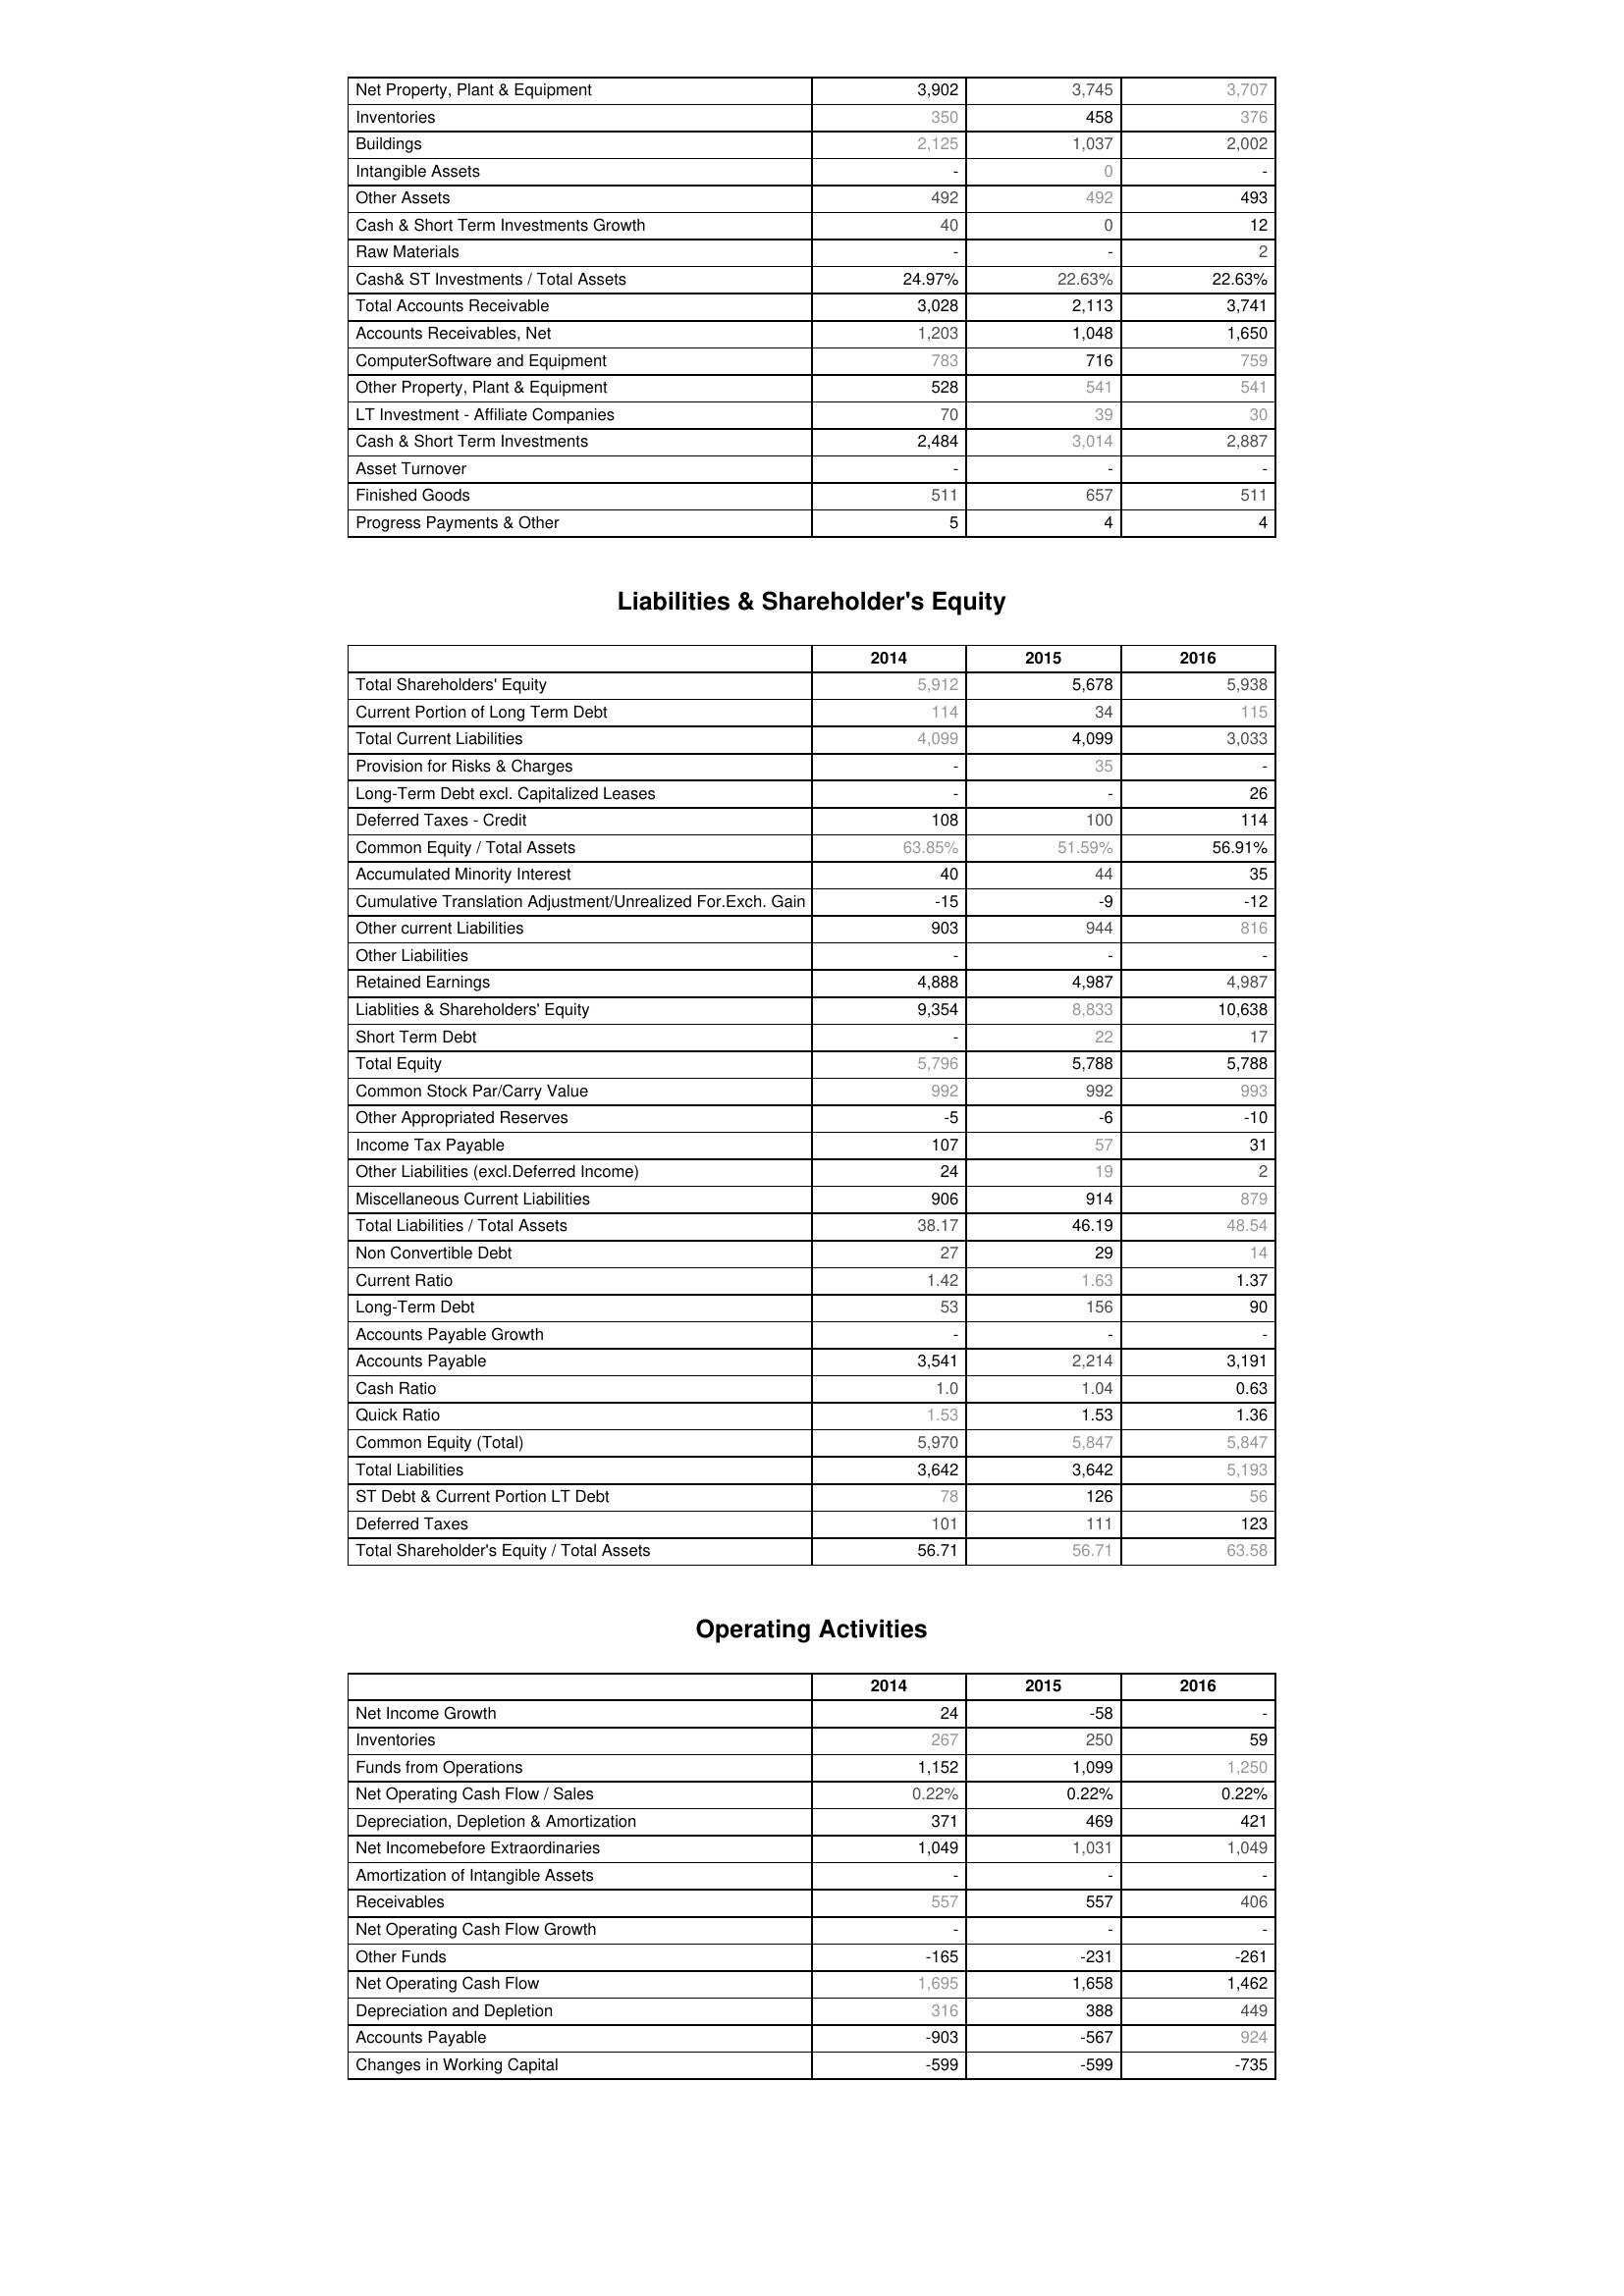
2014: Assets: Net Property, Plant & Equipment: 3,902
Inventories: 350
Buildings: 2,125
Intangible Assets: -
Other Assets: 492
Cash & Short Term Investments Growth: 40
Raw Materials: -
Cash& ST Investments / Total Assets: 24.97%
Total Accounts Receivable: 3,028
Accounts Receivables, Net: 1,203
ComputerSoftware and Equipment: 783
Other Property, Plant & Equipment: 528
LT Investment - Affiliate Companies: 70
Cash & Short Term Investments: 2,484
Asset Turnover: -
Finished Goods: 511
Progress Payments & Other: 5
Liabilities & Shareholder's Equity: Total Shareholders' Equity: 5,912
Current Portion of Long Term Debt: 114
Total Current Liabilities: 4,099
Provision for Risks & Charges: -
Long-Term Debt excl. Capitalized Leases: -
Deferred Taxes - Credit: 108
Common Equity / Total Assets: 63.85%
Accumulated Minority Interest: 40
Cumulative Translation Adjustment/Unrealized For.Exch. Gain: -15
Other current Liabilities: 903
Other Liabilities: -
Retained Earnings: 4,888
Liablities & Shareholders' Equity: 9,354
Short Term Debt: -
Total Equity: 5,796
Common Stock Par/Carry Value: 992
Other Appropriated Reserves: -5
Income Tax Payable: 107
Other Liabilities (excl.Deferred Income): 24
Miscellaneous Current Liabilities: 906
Total Liabilities / Total Assets: 38.17
Non Convertible Debt: 27
Current Ratio: 1.42
Long-Term Debt: 53
Accounts Payable Growth: -
Accounts Payable: 3,541
Cash Ratio: 1.0
Quick Ratio: 1.53
Common Equity (Total): 5,970
Total Liabilities: 3,642
ST Debt & Current Portion LT Debt: 78
Deferred Taxes: 101
Total Shareholder's Equity / Total Assets: 56.71
Operating Activities: Net Income Growth: 24
Inventories: 267
Funds from Operations: 1,152
Net Operating Cash Flow / Sales: 0.22%
Depreciation, Depletion & Amortization: 371
Net Incomebefore Extraordinaries: 1,049
Amortization of Intangible Assets: -
Receivables: 557
Net Operating Cash Flow Growth: -
Other Funds: -165
Net Operating Cash Flow: 1,695
Depreciation and Depletion: 316
Accounts Payable: -903
Changes in Working Capital: -599
2015: Assets: Net Property, Plant & Equipment: 3,745
Inventories: 458
Buildings: 1,037
Intangible Assets: 0
Other Assets: 492
Cash & Short Term Investments Growth: 0
Raw Materials: -
Cash& ST Investments / Total Assets: 22.63%
Total Accounts Receivable: 2,113
Accounts Receivables, Net: 1,048
ComputerSoftware and Equipment: 716
Other Property, Plant & Equipment: 541
LT Investment - Affiliate Companies: 39
Cash & Short Term Investments: 3,014
Asset Turnover: -
Finished Goods: 657
Progress Payments & Other: 4
Liabilities & Shareholder's Equity: Total Shareholders' Equity: 5,678
Current Portion of Long Term Debt: 34
Total Current Liabilities: 4,099
Provision for Risks & Charges: 35
Long-Term Debt excl. Capitalized Leases: -
Deferred Taxes - Credit: 100
Common Equity / Total Assets: 51.59%
Accumulated Minority Interest: 44
Cumulative Translation Adjustment/Unrealized For.Exch. Gain: -9
Other current Liabilities: 944
Other Liabilities: -
Retained Earnings: 4,987
Liablities & Shareholders' Equity: 8,833
Short Term Debt: 22
Total Equity: 5,788
Common Stock Par/Carry Value: 992
Other Appropriated Reserves: -6
Income Tax Payable: 57
Other Liabilities (excl.Deferred Income): 19
Miscellaneous Current Liabilities: 914
Total Liabilities / Total Assets: 46.19
Non Convertible Debt: 29
Current Ratio: 1.63
Long-Term Debt: 156
Accounts Payable Growth: -
Accounts Payable: 2,214
Cash Ratio: 1.04
Quick Ratio: 1.53
Common Equity (Total): 5,847
Total Liabilities: 3,642
ST Debt & Current Portion LT Debt: 126
Deferred Taxes: 111
Total Shareholder's Equity / Total Assets: 56.71
Operating Activities: Net Income Growth: -58
Inventories: 250
Funds from Operations: 1,099
Net Operating Cash Flow / Sales: 0.22%
Depreciation, Depletion & Amortization: 469
Net Incomebefore Extraordinaries: 1,031
Amortization of Intangible Assets: -
Receivables: 557
Net Operating Cash Flow Growth: -
Other Funds: -231
Net Operating Cash Flow: 1,658
Depreciation and Depletion: 388
Accounts Payable: -567
Changes in Working Capital: -599
2016: Assets: Net Property, Plant & Equipment: 3,707
Inventories: 376
Buildings: 2,002
Intangible Assets: -
Other Assets: 493
Cash & Short Term Investments Growth: 12
Raw Materials: 2
Cash& ST Investments / Total Assets: 22.63%
Total Accounts Receivable: 3,741
Accounts Receivables, Net: 1,650
ComputerSoftware and Equipment: 759
Other Property, Plant & Equipment: 541
LT Investment - Affiliate Companies: 30
Cash & Short Term Investments: 2,887
Asset Turnover: -
Finished Goods: 511
Progress Payments & Other: 4
Liabilities & Shareholder's Equity: Total Shareholders' Equity: 5,938
Current Portion of Long Term Debt: 115
Total Current Liabilities: 3,033
Provision for Risks & Charges: -
Long-Term Debt excl. Capitalized Leases: 26
Deferred Taxes - Credit: 114
Common Equity / Total Assets: 56.91%
Accumulated Minority Interest: 35
Cumulative Translation Adjustment/Unrealized For.Exch. Gain: -12
Other current Liabilities: 816
Other Liabilities: -
Retained Earnings: 4,987
Liablities & Shareholders' Equity: 10,638
Short Term Debt: 17
Total Equity: 5,788
Common Stock Par/Carry Value: 993
Other Appropriated Reserves: -10
Income Tax Payable: 31
Other Liabilities (excl.Deferred Income): 2
Miscellaneous Current Liabilities: 879
Total Liabilities / Total Assets: 48.54
Non Convertible Debt: 14
Current Ratio: 1.37
Long-Term Debt: 90
Accounts Payable Growth: -
Accounts Payable: 3,191
Cash Ratio: 0.63
Quick Ratio: 1.36
Common Equity (Total): 5,847
Total Liabilities: 5,193
ST Debt & Current Portion LT Debt: 56
Deferred Taxes: 123
Total Shareholder's Equity / Total Assets: 63.58
Operating Activities: Net Income Growth: -
Inventories: 59
Funds from Operations: 1,250
Net Operating Cash Flow / Sales: 0.22%
Depreciation, Depletion & Amortization: 421
Net Incomebefore Extraordinaries: 1,049
Amortization of Intangible Assets: -
Receivables: 406
Net Operating Cash Flow Growth: -
Other Funds: -261
Net Operating Cash Flow: 1,462
Depreciation and Depletion: 449
Accounts Payable: 924
Changes in Working Capital: -735